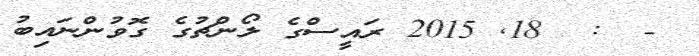
-  :  18